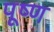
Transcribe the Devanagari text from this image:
पूष्ण